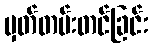
မှတ်တမ်းတင်ခြင်း